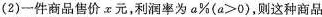
(2)一件商品售价x元，利润率为a\%($$a>0$$)，则这种商品